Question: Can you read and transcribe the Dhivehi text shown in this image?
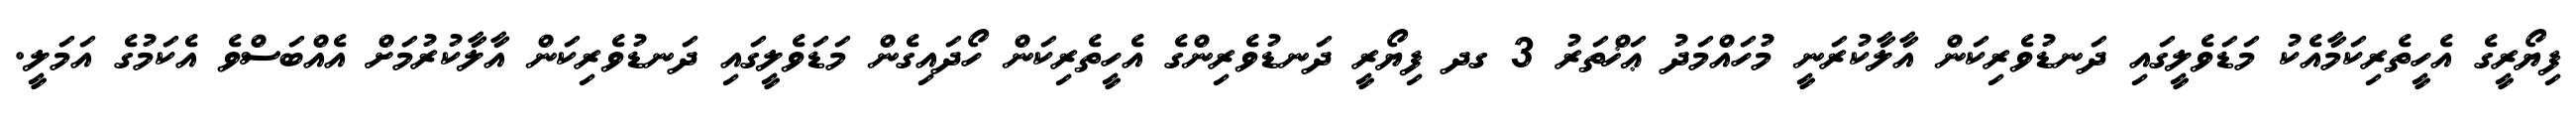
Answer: ފިޔޯރީގެ އެހީތެރިކަމާއެކު މަޑަވެލީގައި ދަނޑުވެރިކަން އާލާކުރަނީ މުހައްމަދު ޢަޚްތަރު 3 ގދ ފިޔޯރީ ދަނޑުވެރިންގެ އެހީތެރިކަން ހޯދައިގެން މަޑަވެލީގައި ދަނޑުވެރިކަން އާލާކުރުމަށް އެއްބަސްވެ އެކަމުގެ އަމަލީ.